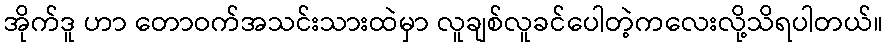
အိုက်ဒူ ဟာ တောဝက်အသင်းသားထဲမှာ လူချစ်လူခင်ပေါတဲ့ကလေးလို့သိရပါတယ်။